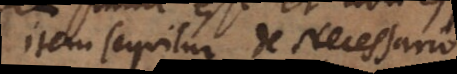
Item sequitur de Necessario